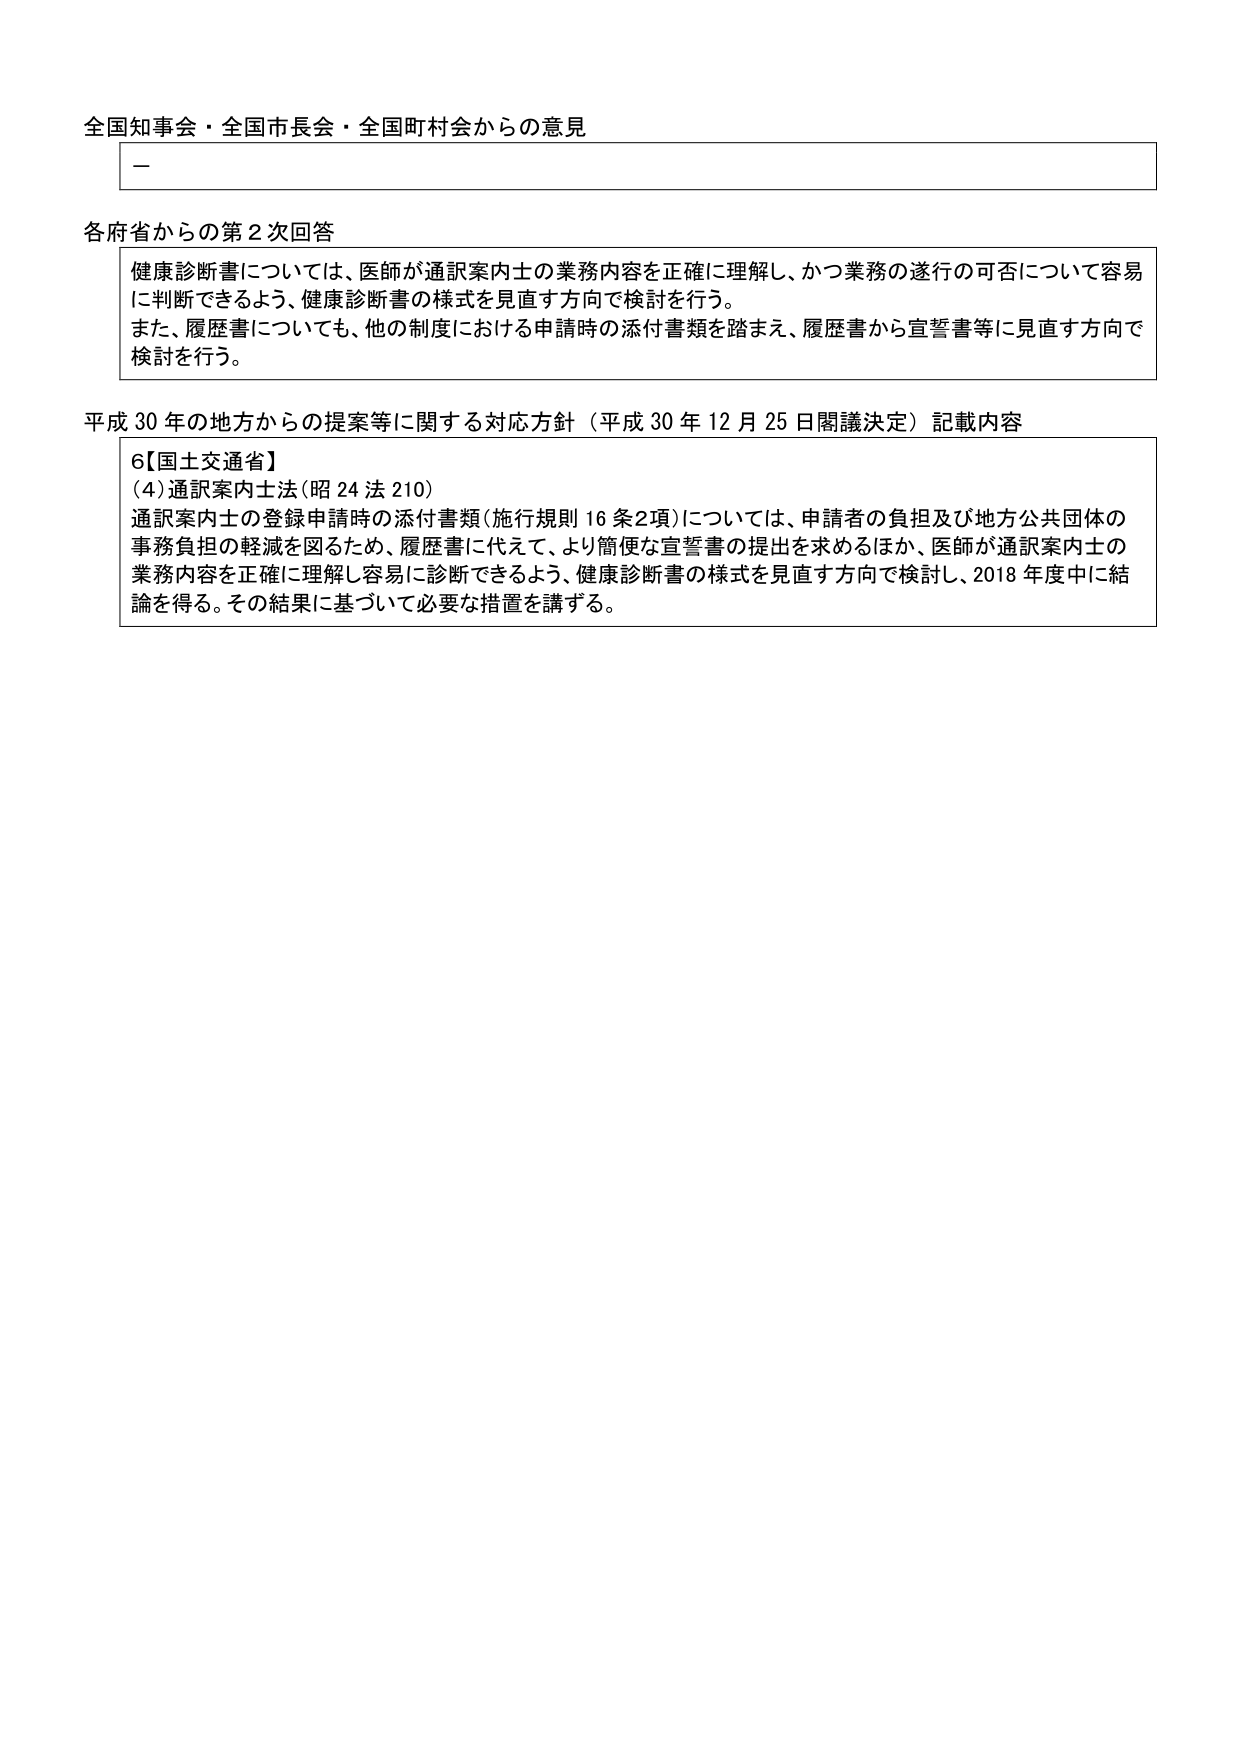
全国知事会・全国市長会・全国町村会からの意見

一

各府省からの第2次回答

健康診断書については、医師が通訳案内士の業務内容を正確に理解し、かつ業務の遂行の可否について容易に判断できるよう、健康診断書の様式を見直す方向で検討を行う。
また、履歴書についても、他の制度における申請時の添付書類を踏まえ、履歴書から宣誓書等に見直す方向で検討を行う。

平成30年の地方からの提案等に関する対応方針（平成30年12月25日閣議決定）記載内容

6【国土交通省】
(4) 通訳案内士法（昭24法210）
通訳案内士の登録申請時の添付書類（施行規則16条2項）については、申請者の負担及び地方公共団体の事務負担の軽減を図るため、履歴書に代えて、より簡便な宣誓書の提出を求めるほか、医師が通訳案内士の業務内容を正確に理解し容易に診断できるよう、健康診断書の様式を見直す方向で検討し、2018年度中に結論を得る。その結果に基づいて必要な措置を講ずる。